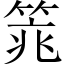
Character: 𱸉